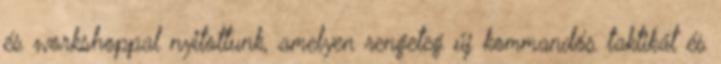
és workshoppal nyitottunk, amelyen rengeteg új kommandós taktikát és